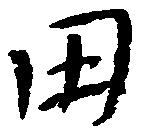
田